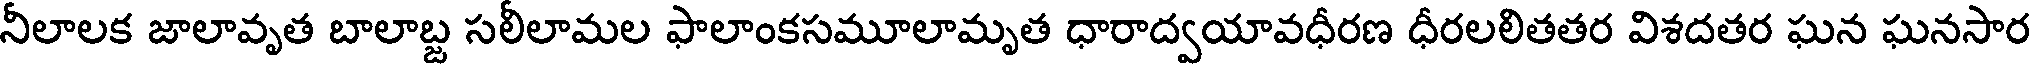
నీలాలక జాలావృత బాలాబ్జ సలీలామల ఫాలాంకసమూలామృత ధారాద్వయావధీరణ ధీరలలితతర విశదతర ఘన ఘనసార